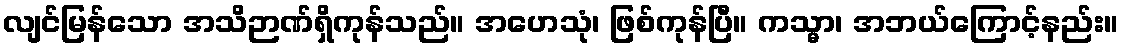
လျင်မြန်သော အသိဉာဏ်ရှိကုန်သည်။ အဟေသုံ၊ ဖြစ်ကုန်ပြီ။ ကသ္မာ၊ အဘယ်ကြောင့်နည်း။